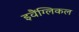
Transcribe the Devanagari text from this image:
इवैंग्लिकल